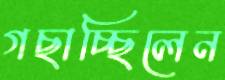
গছাচ্ছিলেন